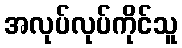
အလုပ်လုပ်ကိုင်သူ